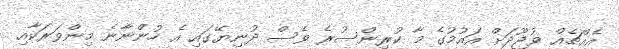
އެއްޗެއް ވުޖޫދަށް އައުމުގެ މާ ކުރިންސުރެ ވެސް ދުނިޔޭގައި އެ ހުންނާނެ މިންވަރަކާއި